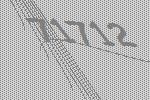
71712